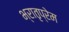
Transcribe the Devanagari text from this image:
भ्रातृप्रेम